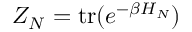
Z _ { N } = \mathrm { t r } ( e ^ { - \beta H _ { N } } )